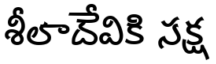
శీలాదేవికి సక్ష